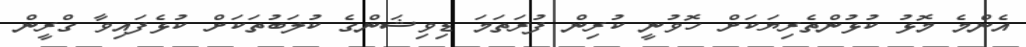
އެންމެ މޮޅު ކުޅުންތެރިޔަކަށް ހޮވުނީ ކުރިން ފުރަތަމަ ޑިވިޝަންގެ ކުލަބުތަކަށް ކުޅެފައިވާ ގްރީން